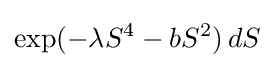
\exp(-\lambda S^{4}-bS^{2})\,dS